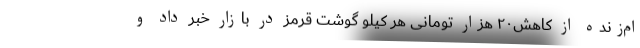
ام‌زنده از کاهش۲۰ هزار تومانی هر کیلو گوشت قرمز در بازار خبر داد و